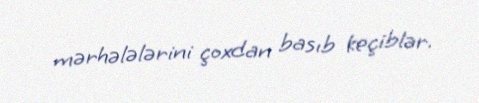
mərhələlərini çoxdan basıb keçiblər.